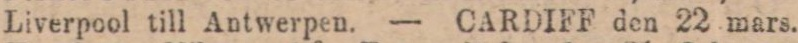
Liverpool till Antwerpen. — CARDIFF den 22 mars.